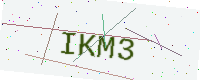
Text: IKM3